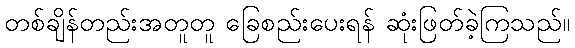
တစ်ချိန်တည်းအတူတူ ခြေစည်းပေးရန် ဆုံးဖြတ်ခဲ့ကြသည်။